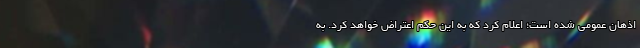
اذهان عمومی شده است؛ اعلام کرد که به این حکم اعتراض خواهد کرد. به